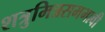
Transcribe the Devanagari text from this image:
शत्रुमित्रसमभावी